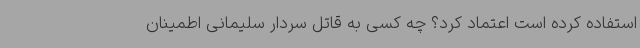
استفاده کرده است اعتماد کرد؟ چه کسی به قاتل سردار سلیمانی اطمینان